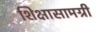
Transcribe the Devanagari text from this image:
शिक्षासामग्री